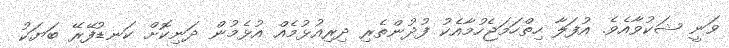
ވަނީ ޝަކުވާއެވެ. އުފަލާ ހިތްހަމަޖެހުމާއެކު ފުދުންތެރި ދިރިއުޅުމެއް އުޅެމުން ދަނިކޮށް ކަނޑުފޭރޭ ބަޔަކު